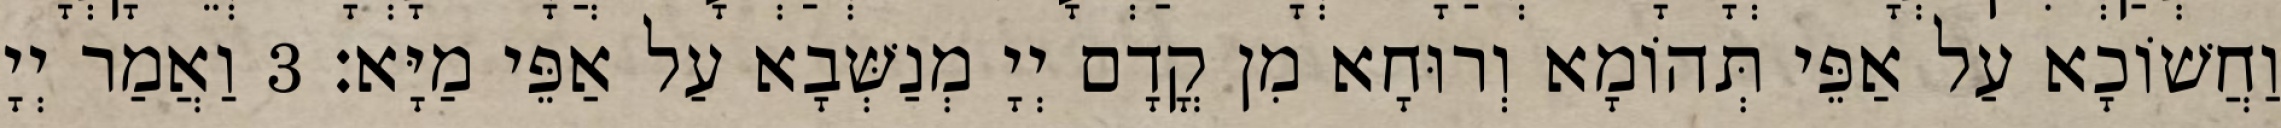
וַחֲשׁוֹכָא עַל אַפֵּי תְּהוֹמָא וְרוּחָא מִן קֳדָם יְיָ מְנַשְּׁבָא עַל אַפֵּי מַיָּא׃ 3 וַאֲמַר יְיָ